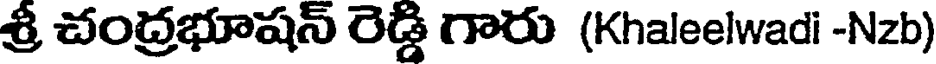
శ్రీ చంద్రభూషన్ రెడ్డి గారు (Khaleelwadi -Nzb)